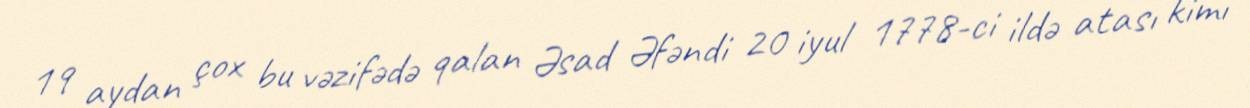
19 aydan çox bu vəzifədə qalan Əsad Əfəndi 20 iyul 1778-ci ildə atası kimi